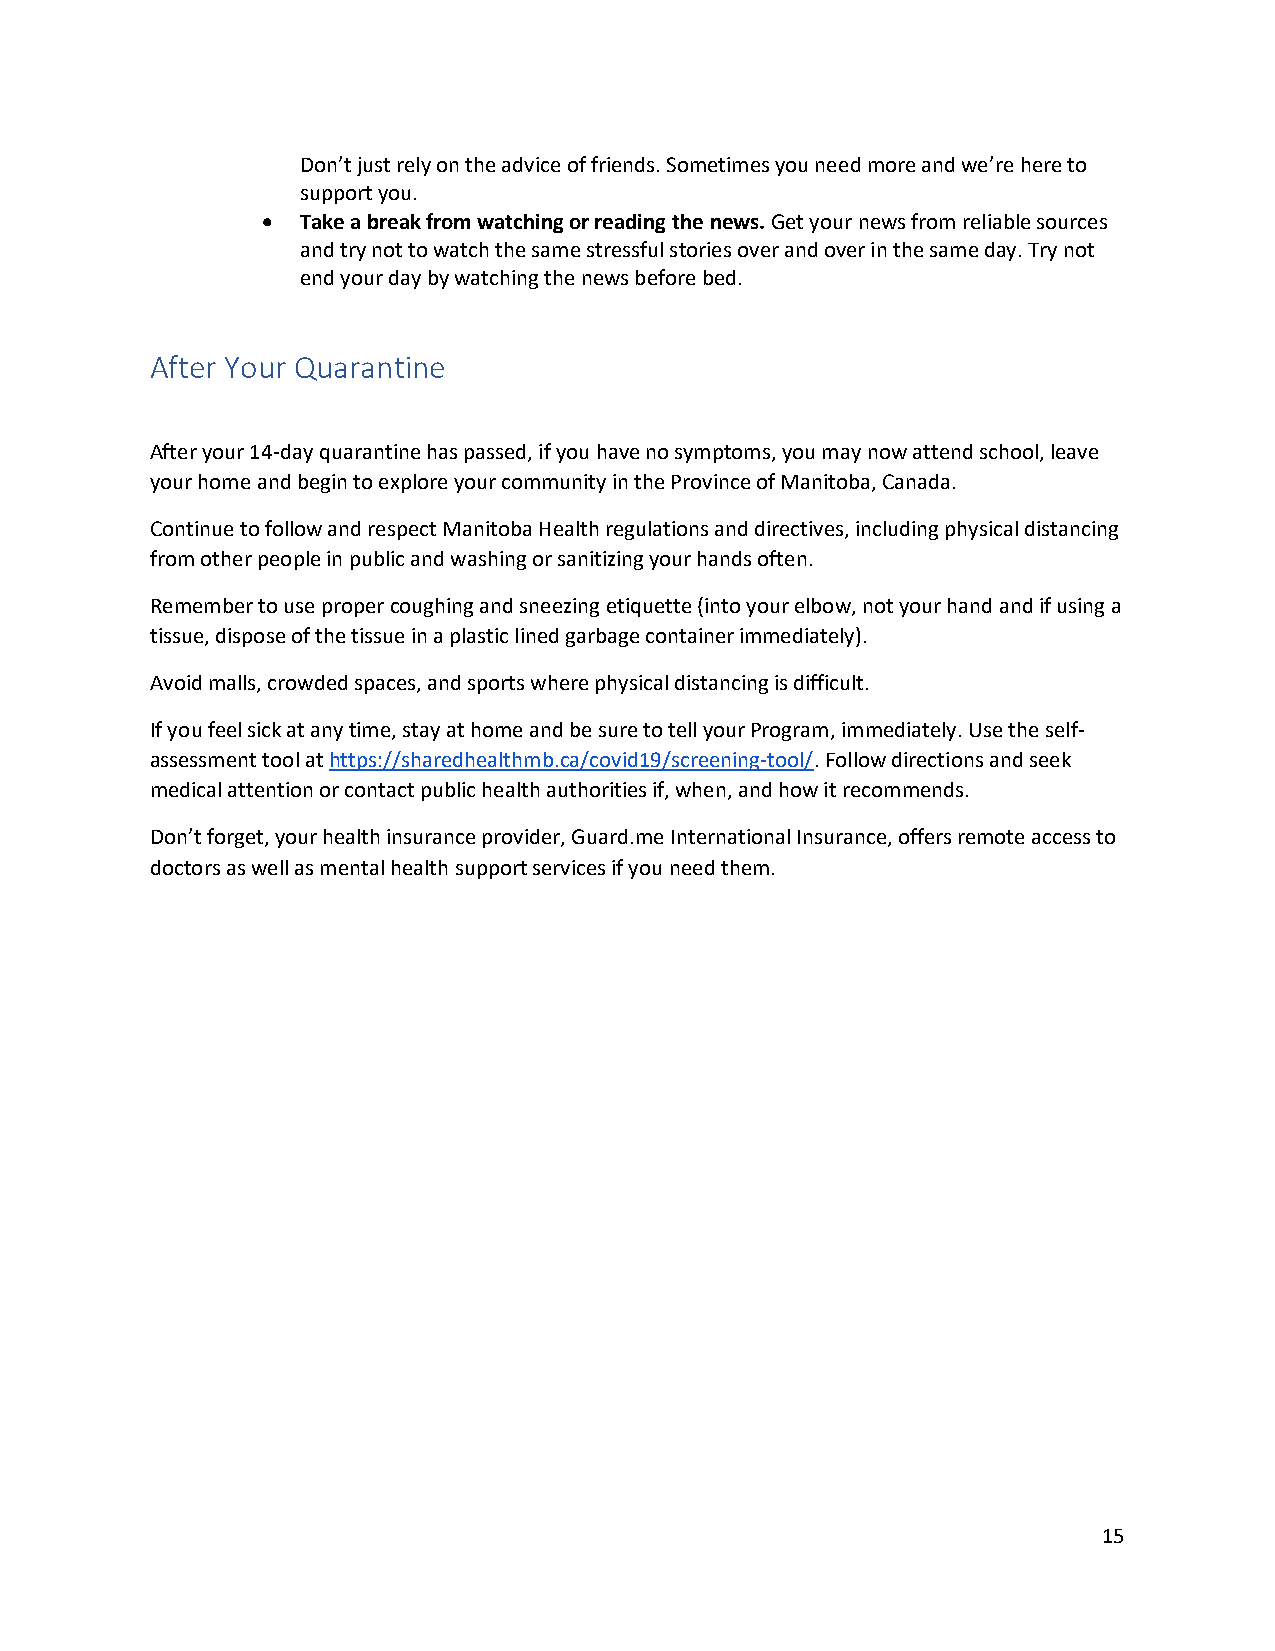
Don’t just rely on the advice of friends. Sometimes you need more and we’re here to
 support you.
   Take a break from watching or reading the news. Get your news from reliable sources
 and try not to watch the same stressful stories over and over in the same day. Try not
 end your day by watching the news before bed.
 After Your Quarantine
 After your 14-day quarantine has passed, if you have no symptoms, you may now attend school, leave
 your home and begin to explore your community in the Province of Manitoba, Canada.
 Continue to follow and respect Manitoba Health regulations and directives, including physical distancing
 from other people in public and washing or sanitizing your hands often.
 Remember to use proper coughing and sneezing etiquette (into your elbow, not your hand and if using a
 tissue, dispose of the tissue in a plastic lined garbage container immediately).
 Avoid malls, crowded spaces, and sports where physical distancing is difficult.
 If you feel sick at any time, stay at home and be sure to tell your Program, immediately. Use the self-
 assessment tool at https://sharedhealthmb.ca/covid19/screening-tool/. Follow directions and seek
 medical attention or contact public health authorities if, when, and how it recommends.
 Don’t forget, your health insurance provider, Guard.me International Insurance, offers remote access to
 doctors as well as mental health support services if you need them.
 15